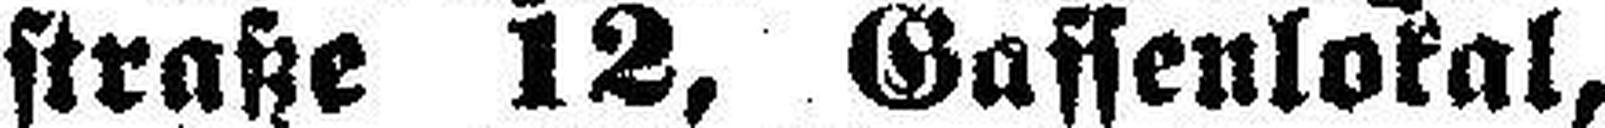
straße 12, Gassenlokal,